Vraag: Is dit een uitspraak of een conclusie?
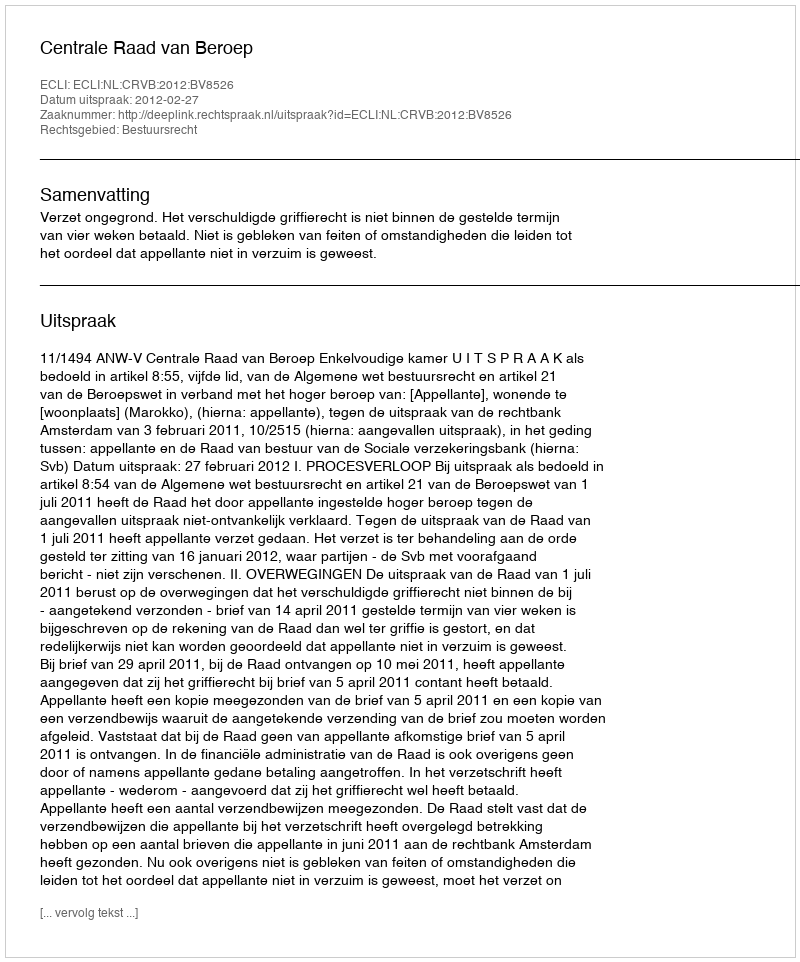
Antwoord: Uitspraak